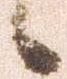
候